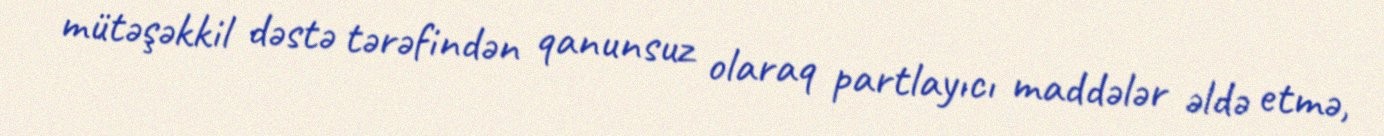
mütəşəkkil dəstə tərəfindən qanunsuz olaraq partlayıcı maddələr əldə etmə,